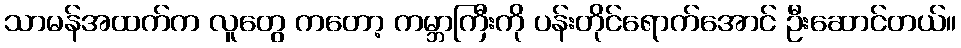
သာမန်အထက်က လူတွေ ကတော့ ကမ္ဘာကြီးကို ပန်းတိုင်ရောက်အောင် ဦးဆောင်တယ်။